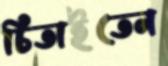
চিতাইতেন